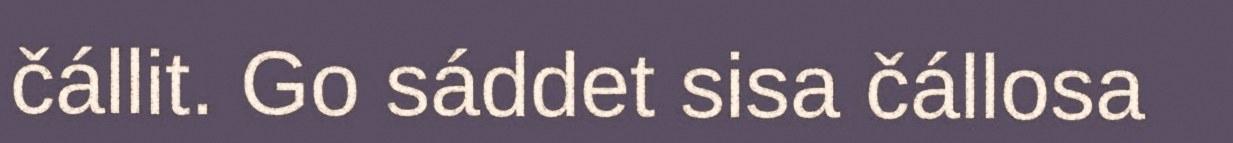
čállit. Go sáddet sisa čállosa